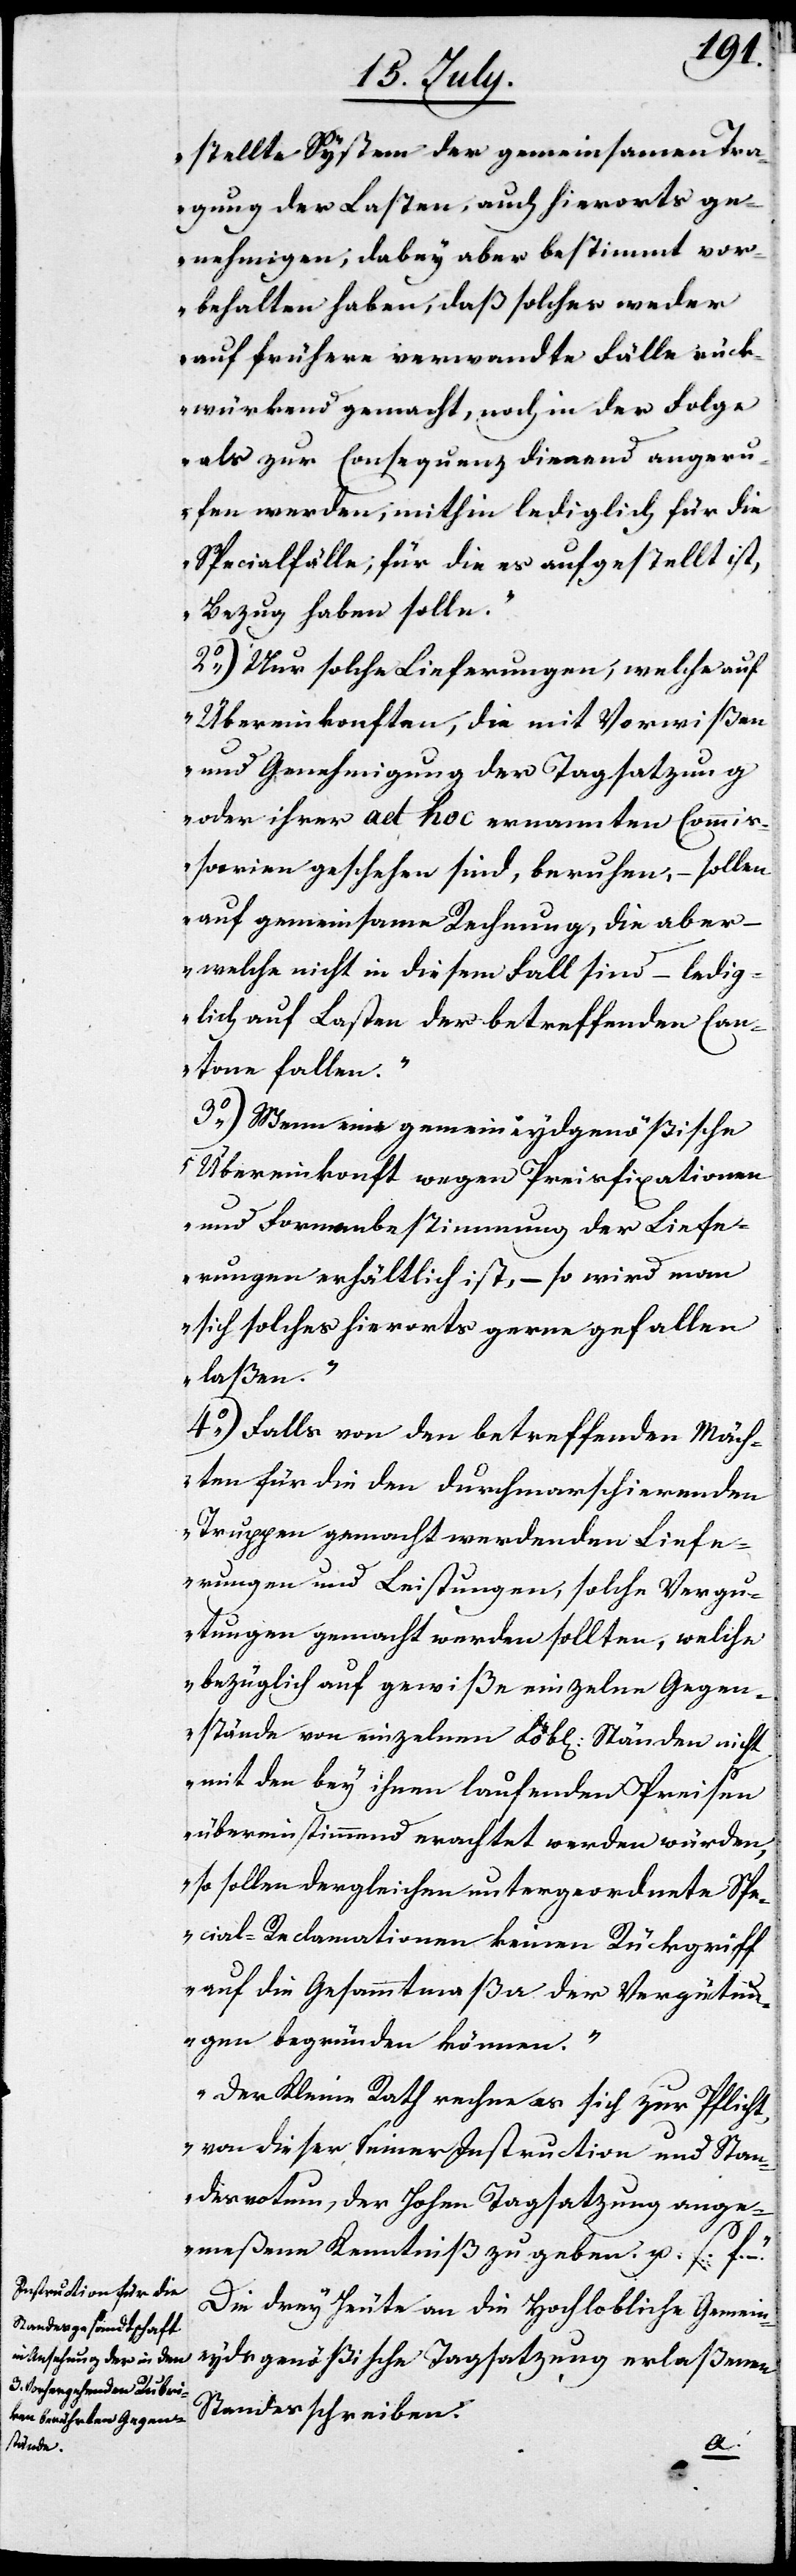
stellte System der gemeinsamen Tra¬
gung der Lasten, auch hierorts ge¬
nehmigen, dabey aber bestimmt vor¬
behalten haben, daß solches weder
auf frühere verwandte Fälle rück¬
würkend gemacht, noch in der Folge
als zur Consequenz dienend angeru¬
fen werden, mithin lediglich für die
Spezialfälle, für die es aufgestellt ist,
Bezug haben solle.
2.) Nur solche Lieferungen, welche auf
Übereinkonften, die mit Vorwißen
und Genehmigung der Tagsatzung
oder ihrer ad hoc ernannten Commiß¬
arien geschehen sind, beruhen, – sollen
auf gemeinsame Rechnung, die aber
– welche nicht in diesem Fall sind – ledig¬
lich auf Lasten der betreffenden Can¬
tone fallen.
3.) Wenn eine gemeineydgenößische
Übereinkonft wegen Preisfixationen
und Formenbestimmung der Liefe¬
rungen erhältlich ist, – so wird man
sich solches hierorts gerne gefallen
laßen.
4.) Falls von den betreffenden Mäch¬
ten für die den durchmarschierenden
Truppen gemacht werdenden Liefe¬
rungen und Leistungen, solche Vergü¬
tungen gemacht werden sollten, welche
bezüglich auf gewiße einzelne Gegen¬
stände von einzelnen Löbl. Ständen nicht
mit den bey ihnen laufenden Preisen
übereinstimmend erachtet werden würden,
so sollen dergleichen untergeordnete Spe¬
cial-Reclamationen keinen Rückgriff
auf die Gesammtmaßa der Vergütun¬
gen begründen können.
Der Kleine Rath nehme es sich zur Pflicht,
von dieser seiner Instruction und Stan¬
desvotum, der Hohen Tagsatzung ange¬
meßen Kenntniß zu geben. u.s.f.“ –
Die drey heute an die Hochlobliche Gemein¬
eydsgenößische Tagsatzung erlaßenen
Standesschreiben: